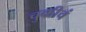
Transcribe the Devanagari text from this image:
चुकीचं